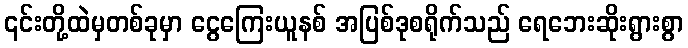
၎င်းတို့ထဲမှတစ်ခုမှာ ငွေကြေးယူနစ် အပြစ်ဒုစရိုက်သည် ရေဘေးဆိုးရွားစွာ